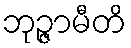
ဘုဉ္ဇာမီတိ